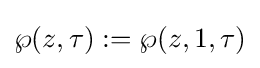
\wp (z,\tau ):=\wp (z,1,\tau )